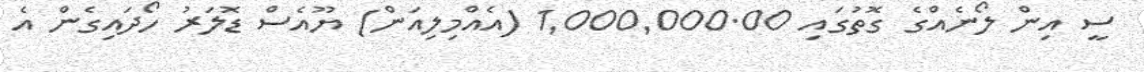
ސީ އިން ލޯނެއްގެ ގޮތުގައި 1